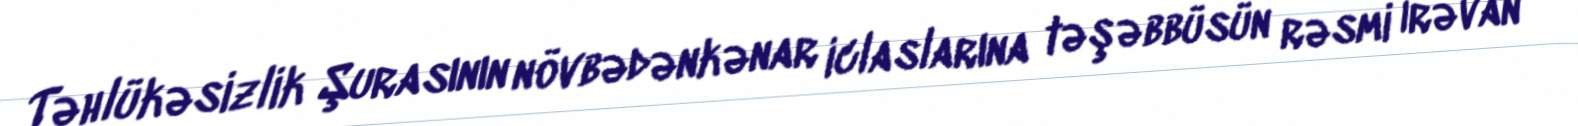
Təhlükəsizlik Şurasının növbədənkənar iclaslarına təşəbbüsün rəsmi İrəvan